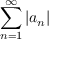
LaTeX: \sum _ { n = 1 } ^ { \infty } \left| a _ { n } \right\vert